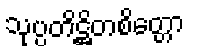
သုပ္ပတိဋ္ဌိတစိတ္တော